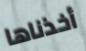
أخذناها